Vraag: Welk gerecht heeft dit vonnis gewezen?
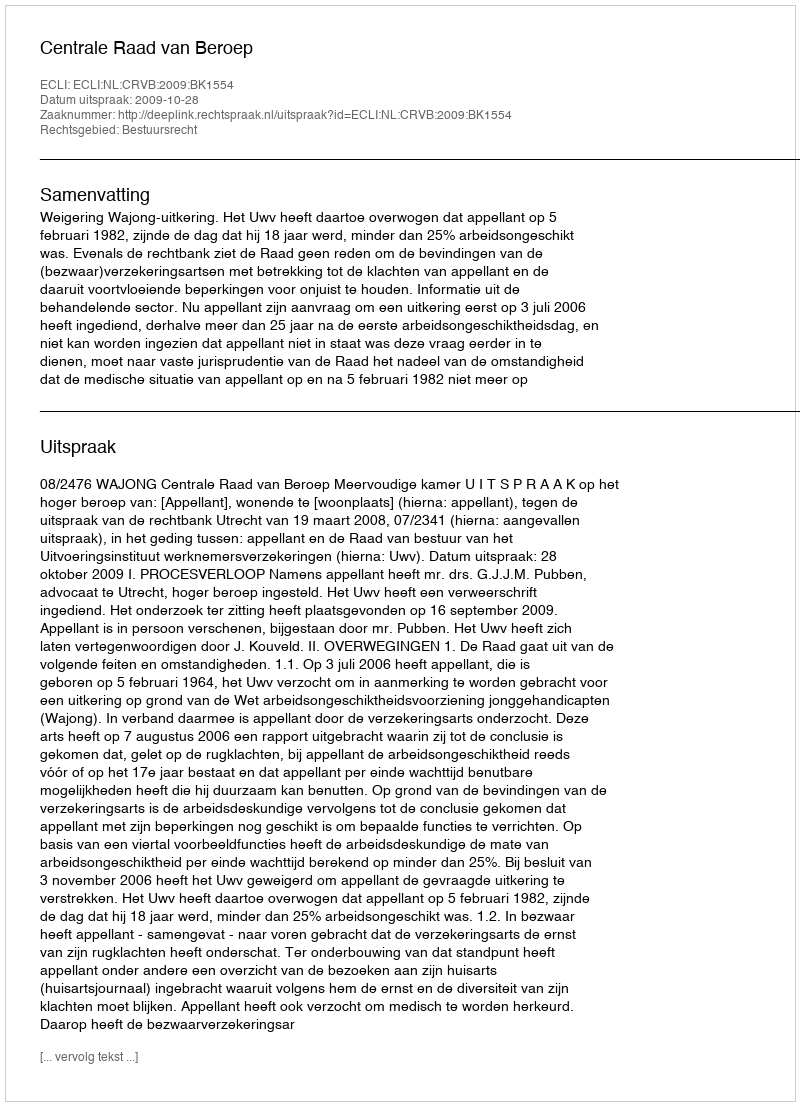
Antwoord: Centrale Raad van Beroep